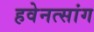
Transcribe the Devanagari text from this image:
हवेनत्सांग